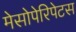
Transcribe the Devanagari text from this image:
मेसोपेरिपेटस